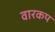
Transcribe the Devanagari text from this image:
वारकप